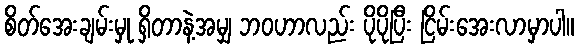
စိတ်အေးချမ်းမှု ရှိတာနဲ့အမျှ ဘဝဟာလည်း ပိုပိုပြီး ငြိမ်းအေးလာမှာပါ။